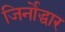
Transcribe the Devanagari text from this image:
जिर्नोद्धार